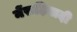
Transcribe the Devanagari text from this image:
मेंरूढ़िवादी